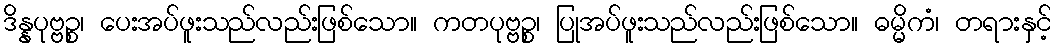
ဒိန္နပုဗ္ဗဉ္စ၊ ပေးအပ်ဖူးသည်လည်းဖြစ်သော။ ကတပုဗ္ဗဉ္စ၊ ပြုအပ်ဖူးသည်လည်းဖြစ်သော။ ဓမ္မိကံ၊ တရားနှင့်